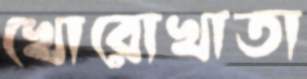
খোরোখাতা